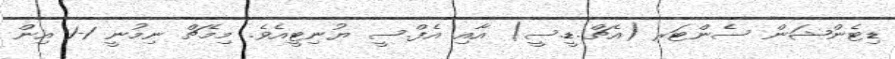
ޑިޓެންޝަން ސެންޓަރ (އެޗް.ޑީ.ސީ) އާއި އެފް.ސީ ޔުނިޓީއެވެ. މިމެޗް ނިމުނީ 1-1 އިން